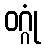
ဝဂ္ဂုံ